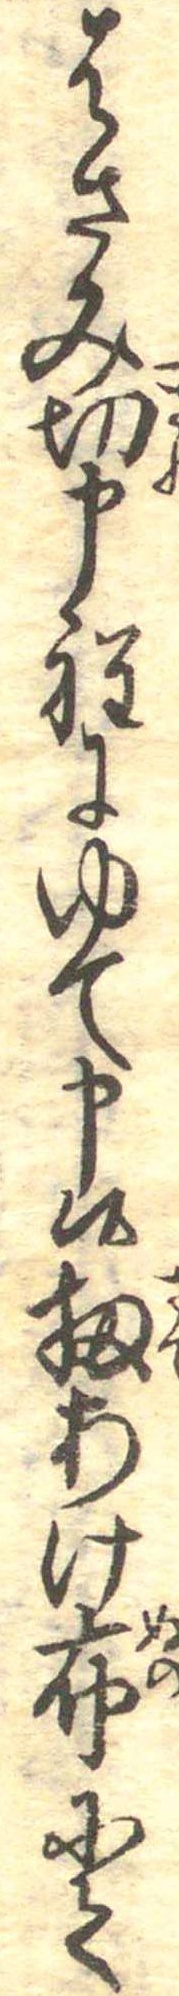
はさみ切申程にゆて申候扨あけ布にて